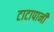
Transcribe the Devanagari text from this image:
टाटापानी